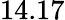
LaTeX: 14.17